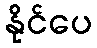
နိုင်ပေ